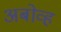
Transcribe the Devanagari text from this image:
अबोव्ह